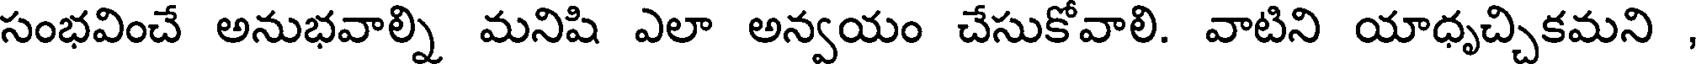
సంభవించే అనుభవాల్ని మనిషి ఎలా అన్వయం చేసుకోవాలి. వాటిని యాధృచ్చికమని ,